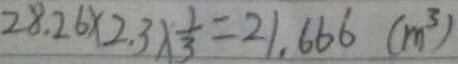
2 8 . 2 6 \times 2 . 3 \times \frac { 1 } { 3 } = 2 1 . 6 6 6 ( m ^ { 3 } )